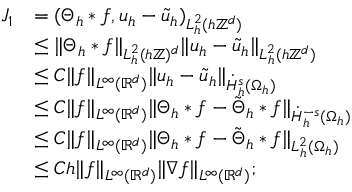
\begin{array} { r l } { J _ { 1 } } & { = ( \Theta _ { h } * f , u _ { h } - \tilde { u } _ { h } ) _ { L _ { h } ^ { 2 } ( h \mathbb { Z } ^ { d } ) } } \\ & { \le \| \Theta _ { h } * f \| _ { L _ { h } ^ { 2 } ( h \mathbb { Z } ) ^ { d } } \| u _ { h } - \tilde { u } _ { h } \| _ { L _ { h } ^ { 2 } ( h \mathbb { Z } ^ { d } ) } } \\ & { \le C \| f \| _ { L ^ { \infty } ( \mathbb { R } ^ { d } ) } \| u _ { h } - \tilde { u } _ { h } \| _ { \dot { H } _ { h } ^ { s } ( \Omega _ { h } ) } } \\ & { \le C \| f \| _ { L ^ { \infty } ( \mathbb { R } ^ { d } ) } \| \Theta _ { h } * f - \tilde { \Theta } _ { h } * f \| _ { \dot { H } _ { h } ^ { - s } ( \Omega _ { h } ) } } \\ & { \le C \| f \| _ { L ^ { \infty } ( \mathbb { R } ^ { d } ) } \| \Theta _ { h } * f - \tilde { \Theta } _ { h } * f \| _ { L _ { h } ^ { 2 } ( \Omega _ { h } ) } } \\ & { \le C h \| f \| _ { L ^ { \infty } ( \mathbb { R } ^ { d } ) } \| \nabla f \| _ { L ^ { \infty } ( \mathbb { R } ^ { d } ) } ; } \end{array}